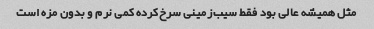
مثل همیشه عالی بود فقط سیب‌زمینی سرخ‌کرده کمی نرم و بدون مزه است